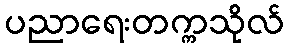
ပညာရေးတက္ကသိုလ်